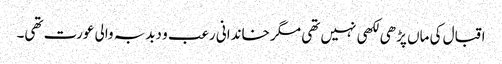
اقبال کی ماں پڑھی لکھی نہیں تھی مگر خاندانی رعب و دبدبہ والی عورت تھی۔